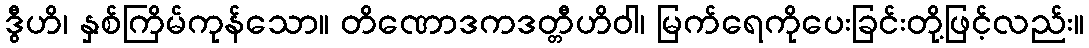
ဒွီဟိ၊ နှစ်ကြိမ်ကုန်သော။ တိဏောဒကဒတ္တီဟိဝါ၊ မြက်ရေကိုပေးခြင်းတို့ဖြင့်လည်း။